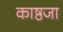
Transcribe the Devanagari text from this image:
काष्ठजा